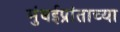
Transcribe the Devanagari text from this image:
मुंबईप्रांताच्या